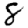
Digit: 8